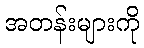
အတန်းများကို